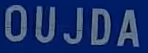
OUJDA